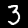
Label: 3